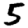
Digit: 5